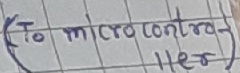
Text: (to micro controller)